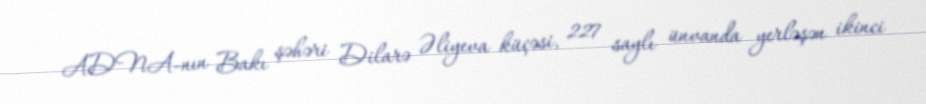
ADNA-nın Bakı şəhəri Dilarə Əliyeva küçəsi, 227 saylı ünvanda yerləşən ikinci